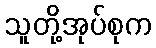
သူတို့အုပ်စုက